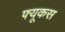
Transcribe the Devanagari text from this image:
फ्यूकस